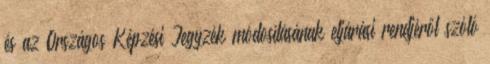
és az Országos Képzési Jegyzék módosításának eljárási rendjéről szóló